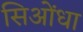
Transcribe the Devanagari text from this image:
सिओंधा